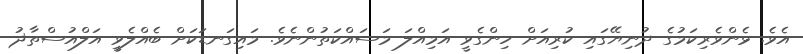
އެވެ. ޅެންވެރިކަމުގެ ދުނިޔޭގައި ކުރިއަށް ހިންގެވީ އަމިއްލަ މަސައްކަތުންނެވެ. މައިގަނޑަކަށް ބެއްލެވީ އަލްއުސްތާޛު